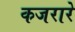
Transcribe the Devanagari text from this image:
कजरारे